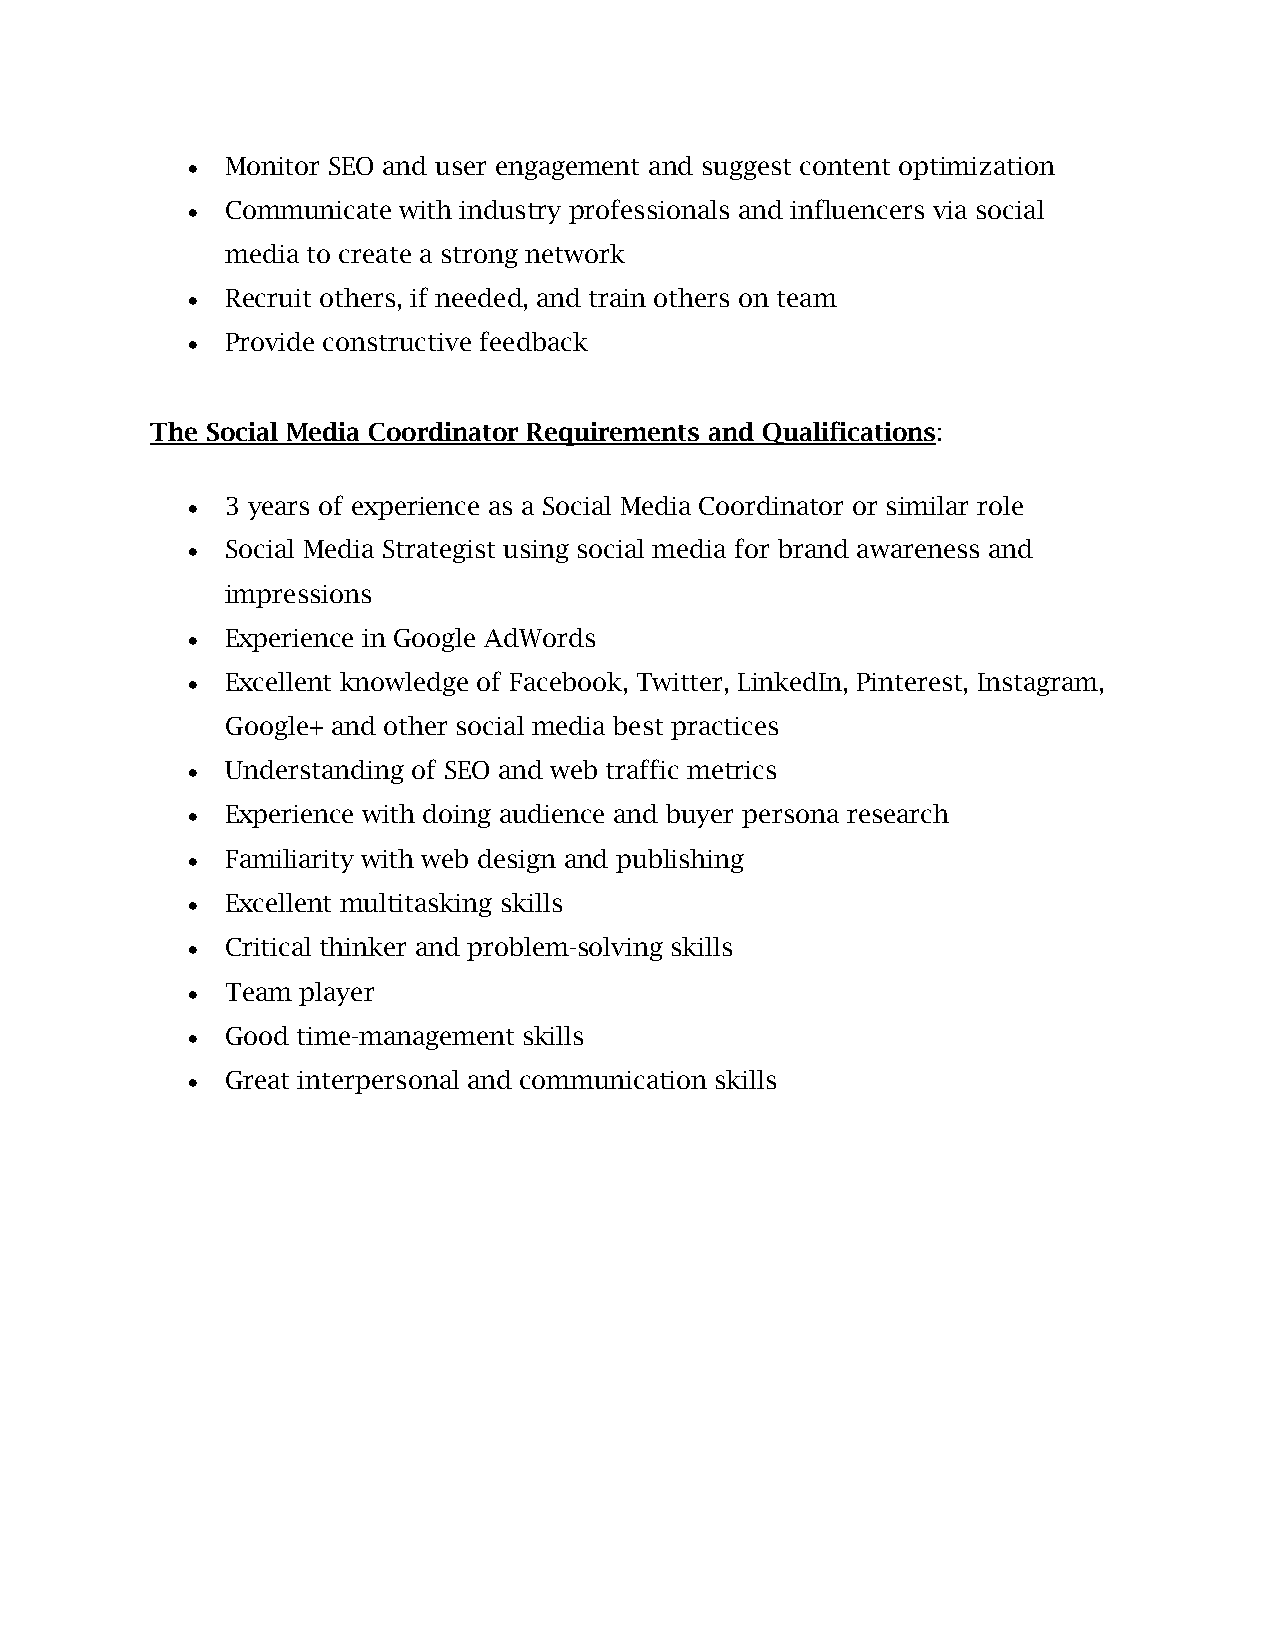
•  Monitor SEO and user engagement and suggest content optimization
 •  Communicate with industry professionals and influencers via social
 media to create a strong network
 •  Recruit others, if needed, and train others on team
 •  Provide constructive feedback
 The Social Media Coordinator Requirements and Qualifications:
 •  3 years of experience as a Social Media Coordinator or similar role
 •  Social Media Strategist using social media for brand awareness and
 impressions
 •  Experience in Google AdWords
 •  Excellent knowledge of Facebook, Twitter, LinkedIn, Pinterest, Instagram,
 Google+ and other social media best practices
 •  Understanding of SEO and web traffic metrics
 •  Experience with doing audience and buyer persona research
 •  Familiarity with web design and publishing
 •  Excellent multitasking skills
 •  Critical thinker and problem-solving skills
 •  Team player
 •  Good time-management skills
 •  Great interpersonal and communication skills